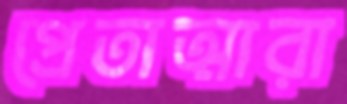
প্রেতাত্মারা